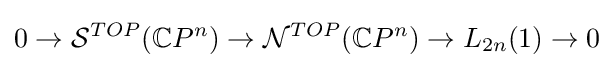
0\to {\mathcal {S}}^{TOP}(\mathbb {C} P^{n})\to {\mathcal {N}}^{TOP}(\mathbb {C} P^{n})\to L_{2n}(1)\to 0